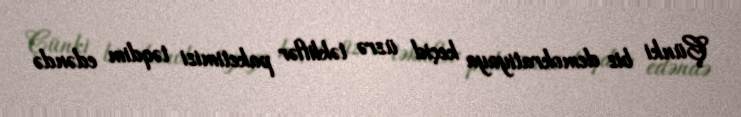
Çünki biz demokratiyaya keçid üzrə təkliflər paketimizi təqdim edəndə